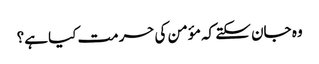
وہ جان سکتے کہ مؤمن کی حرمت کیا ہے؟